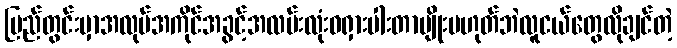
ပြည်တွင်းမှာအလုပ်အကိုင်အခွင့်အလမ်းလုံးဝရှားပါးတာမျိုးမဟုတ်ဘဲလူငယ်တွေလိုချင်တဲ့